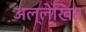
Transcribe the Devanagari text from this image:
अल्लेखित